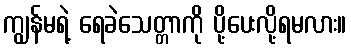
ကျွန်မရဲ့ ရေခဲသေတ္တာကို ပို့ပေးလို့ရမလား။